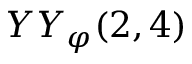
{ Y Y } _ { \varphi } ( 2 , 4 )